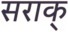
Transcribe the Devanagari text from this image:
सराक्